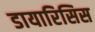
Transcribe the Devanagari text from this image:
डायारिसिस